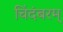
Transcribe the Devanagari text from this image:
चिंदंबरम्